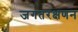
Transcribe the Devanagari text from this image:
जगतरक्षणन